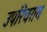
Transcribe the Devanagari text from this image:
उपरिचरास